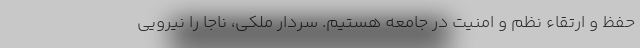
حفظ و ارتقاء نظم و امنیت در جامعه هستیم. سردار ملکی، ناجا را نیرویی